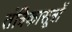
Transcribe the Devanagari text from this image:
तंत्रिकासूत्रों